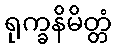
ရုက္ခနိမိတ္တံ